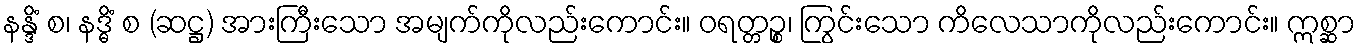
နန္ဒိံ စ၊ နဒ္ဓိံ စ (ဆဋ္ဌ) အားကြီးသော အမျက်ကိုလည်းကောင်း။ ဝရတ္တဉ္စ၊ ကြွင်းသော ကိလေသာကိုလည်းကောင်း။ ဣစ္ဆာ